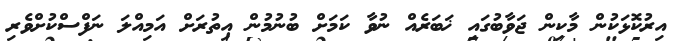
އިރުކޮޅަކުން މާކިން ޖަވާބުގައި ޚަބަރެއް ނުވާ ކަމަށް ބުނުމުން އިތުރަށް އަމިއްލަ ނަފްސްކުށްވެރި